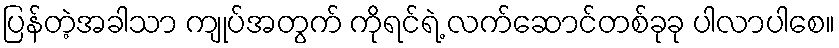
ပြန်တဲ့အခါသာ ကျုပ်အတွက် ကိုရင်ရဲ့ လက်ဆောင်တစ်ခုခု ပါလာပါစေ။